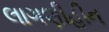
લાગણીહીન